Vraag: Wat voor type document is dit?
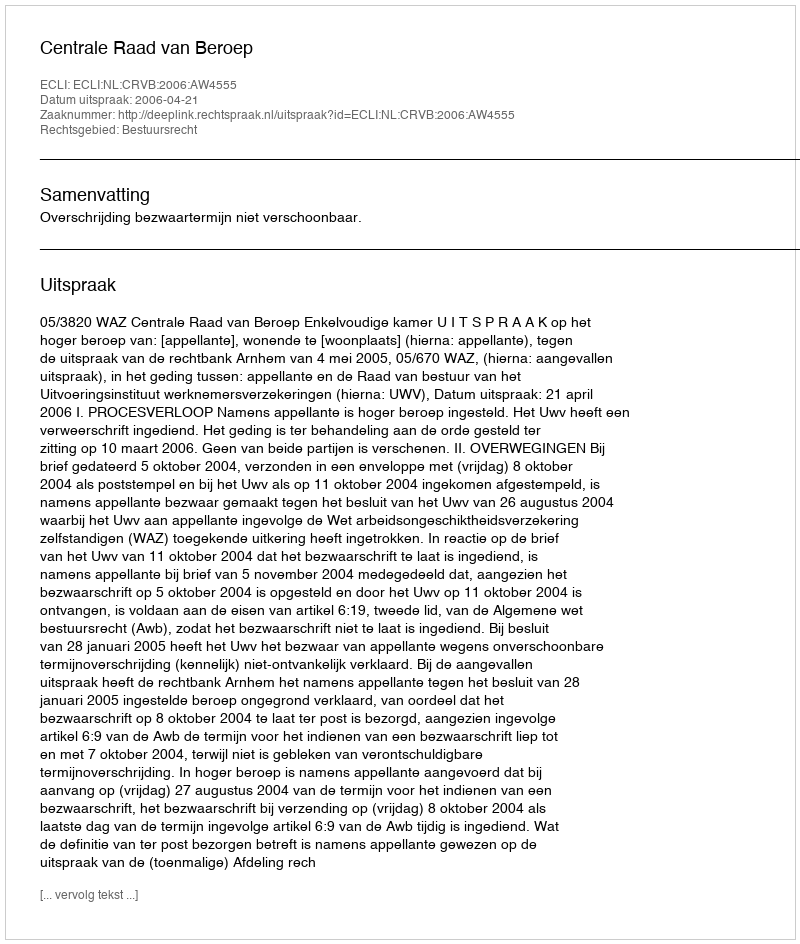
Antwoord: Uitspraak